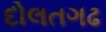
દોલતગઢ